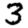
Digit: 3